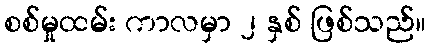
စစ်မှုထမ်း ကာလမှာ ၂ နှစ် ဖြစ်သည်။